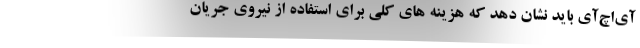
آی‌اچ‌آی باید نشان دهد که هزینه های کلی برای استفاده از نیروی جریان